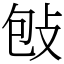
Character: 𢼌